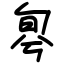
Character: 𠣬